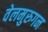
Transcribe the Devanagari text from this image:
वेलमुरुगन